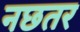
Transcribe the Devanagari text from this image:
नछतर